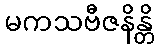
မကသဗီဇနိန္တိ